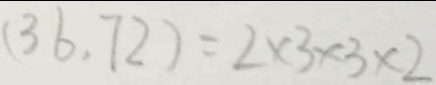
( 3 6 . 7 2 ) = 2 \times 3 \times 3 \times 2